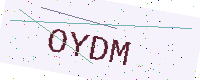
Text: OYDM